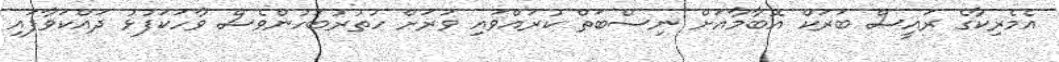
އެމެރިކާގެ ރައީސް ބަރަކް އޮބާމާއަށް ނިސްބަތް ކުރައްވައި ވަރަށް ހުތުރުބަހުންވެސް ވާހަކަފުޅު ދައްކަވާފައި